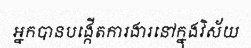
អ្នកបានបង្កើតការងារនៅក្នុងវិស័យ